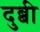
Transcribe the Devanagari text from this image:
दुब्बी